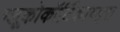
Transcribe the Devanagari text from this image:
ग्लूकोकॉर्टिकाय्ड्स